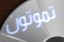
تموتون